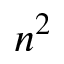
n ^ { 2 }